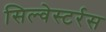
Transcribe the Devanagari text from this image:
सिल्वेस्टर्रस